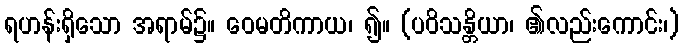
ရဟန်းရှိသော အရာမ်၌။ ဝေမတိကာယ၊ ၍။ (ပဝိသန္တိယာ၊ ၏လည်းကောင်း၊)